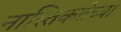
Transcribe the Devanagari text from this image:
नास्तिकतेच्या